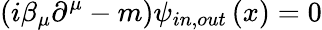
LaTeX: \left(i\beta_{\mu}\partial^{\mu}-m\right)\psi_{in,out}\left(x\right)=0